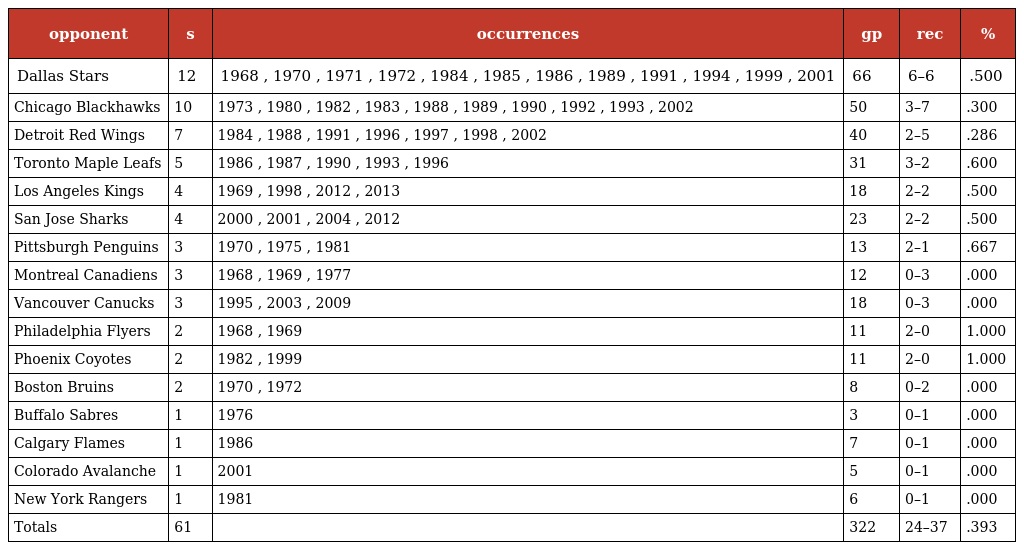
| opponent | s | occurrences | gp | rec | % |
 | --- | --- | --- | --- | --- | --- |
 | Dallas Stars | 12 | 1968 , 1970 , 1971 , 1972 , 1984 , 1985 , 1986 , 1989 , 1991 , 1994 , 1999 , 2001 | 66 | 6–6 | .500 |
 | Chicago Blackhawks | 10 | 1973 , 1980 , 1982 , 1983 , 1988 , 1989 , 1990 , 1992 , 1993 , 2002 | 50 | 3–7 | .300 |
 | Detroit Red Wings | 7 | 1984 , 1988 , 1991 , 1996 , 1997 , 1998 , 2002 | 40 | 2–5 | .286 |
 | Toronto Maple Leafs | 5 | 1986 , 1987 , 1990 , 1993 , 1996 | 31 | 3–2 | .600 |
 | Los Angeles Kings | 4 | 1969 , 1998 , 2012 , 2013 | 18 | 2–2 | .500 |
 | San Jose Sharks | 4 | 2000 , 2001 , 2004 , 2012 | 23 | 2–2 | .500 |
 | Pittsburgh Penguins | 3 | 1970 , 1975 , 1981 | 13 | 2–1 | .667 |
 | Montreal Canadiens | 3 | 1968 , 1969 , 1977 | 12 | 0–3 | .000 |
 | Vancouver Canucks | 3 | 1995 , 2003 , 2009 | 18 | 0–3 | .000 |
 | Philadelphia Flyers | 2 | 1968 , 1969 | 11 | 2–0 | 1.000 |
 | Phoenix Coyotes | 2 | 1982 , 1999 | 11 | 2–0 | 1.000 |
 | Boston Bruins | 2 | 1970 , 1972 | 8 | 0–2 | .000 |
 | Buffalo Sabres | 1 | 1976 | 3 | 0–1 | .000 |
 | Calgary Flames | 1 | 1986 | 7 | 0–1 | .000 |
 | Colorado Avalanche | 1 | 2001 | 5 | 0–1 | .000 |
 | New York Rangers | 1 | 1981 | 6 | 0–1 | .000 |
 | Totals | 61 |  | 322 | 24–37 | .393 |